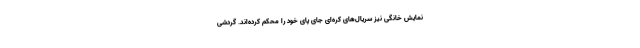
نمایش خانگی نیز سریال‌های کره‌ای جای پای خود را محکم کرده‌اند. گردشی